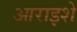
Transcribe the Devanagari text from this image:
आराइशे